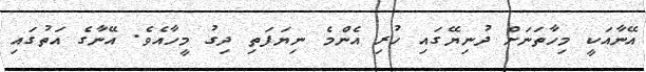
އޭނާއަކީ މިހާތަނަށް ދުނިޔޭގައި ހުރި އެންމެ ނިޔަފަތި ދިގު މީހާއެވެ. އޭނާގެ އަތުގައި